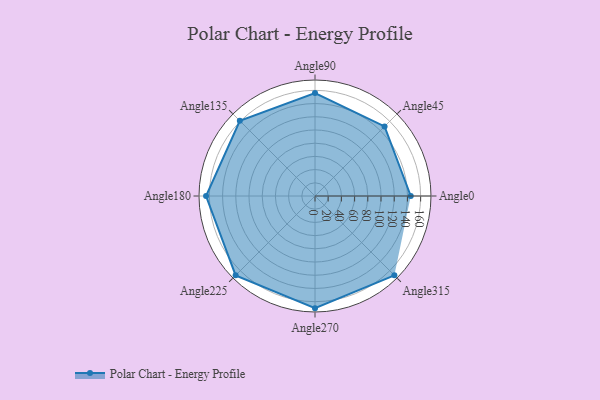
{"axis": {"x": "Angle", "y": "Radius"}, "legend": [""], "data": [{"x": "Angle0", "y": 145.0, "type": ""}, {"x": "Angle45", "y": 149.0, "type": ""}, {"x": "Angle90", "y": 156.0, "type": ""}, {"x": "Angle135", "y": 161.0, "type": ""}, {"x": "Angle180", "y": 165.0, "type": ""}, {"x": "Angle225", "y": 170, "type": ""}, {"x": "Angle270", "y": 170, "type": ""}, {"x": "Angle315", "y": 170, "type": ""}]}